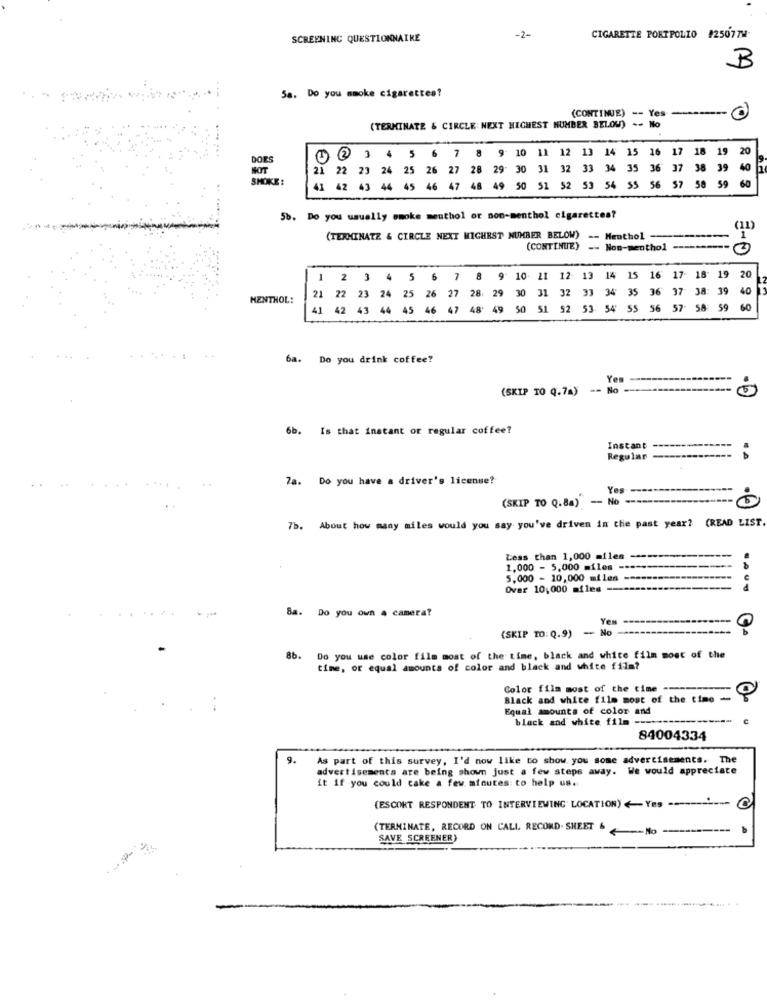
SCREENING QUESTIONNAIRE
-2-
CIGARETTE PORTPOLIO #25077W
B
Sa. Do you smoke cigarettes?
(CONTINUE) -- Yes -
(TERMINATE & CIRCLE: NEXT HIGHEST NUMBER BELOW) .- No
17
18
19
20
1 2 3 4 5 6 7 8 9 10 11 12 13 14 15 16
21
22
23
24
25
26
27
28
29"
30
31
32
33
34
36
37
38 39
40
NOT
SMOKE
59
60
41
42
43
44
45
46
47
49
50
51
52
53
54
55
56
$7
58
5b. Do you usually smoke meuthol or non-menthol cigarettes?
(TERMINATE & CIRCLE NEXT HIGHEST NUMBER BELOW)
MBER BELOW) -- Menthol
(CONTINUE) -- Non-menthol
E-0
1 2 3 4 5 6 7 8
9
10- 11
12
13
14
15
16 17 18 19
21
22
21
24
25
26
27
28.
29
30
31
32
33
34
35
36
37
38: 39
40
MENTHOL:
45
46
47
48+
49
50
52
54
55
56
57 58 59
6a. Do you drink coffee?
Yes
(SKIP TO Q.74) -- No --
6b.
Is that instant or regular coffee?
Instant
Regular
------
7a.
Do you have a driver's license?
Yes
(SKIP TO Q.8a)-
7b. About how many miles would you say you've driven in the past year? (READ LIST
Less than 1,000 miles
1,000 - 5,000 miles --
5,000 - 10,000 miles
Over 10,000 miles ---
8a. Do you own a camera?
Yes
(SKIP TO: Q.9) - No
Q
86.
Do you use color film most of the time, black and white film most of the
time, or equal amounts of color and black and white film?
Color film most of the time ----
Black and white filo most of the time -
Equal amounts of color and
black and white film ---
84004334
9.
As part of this survey, I'd now like to show you some advertisements. T
advertisements are being shown just a few steps away. We would appreciate
it if you could cake a few minutes to help us.
(ESCORT RESPONDENT TO INTERVIEWING LOCATION)<Yes -----------
(TERMINATE, RECORD ON CALL RECORD. SHEET 6 No
SAVE SCREENER)
--............. .